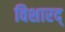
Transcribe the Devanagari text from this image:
विशारद्